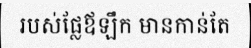
របស់ផ្លែឪឡឹក មានកាន់តែ